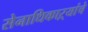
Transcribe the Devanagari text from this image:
सेनाधिकाऱ्यांचे